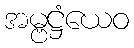
အမ္ဗဋ္ဌံယေဝ